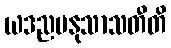
ယဒညမနုသာသတီတိ